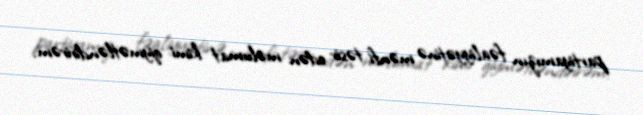
partiyamızın fəaliyyətinə mənfi təsir edən məlumat kimi qiymətləndirirəm.